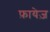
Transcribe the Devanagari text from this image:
फ़ायेज़